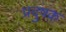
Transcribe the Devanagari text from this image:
प्रदुषक